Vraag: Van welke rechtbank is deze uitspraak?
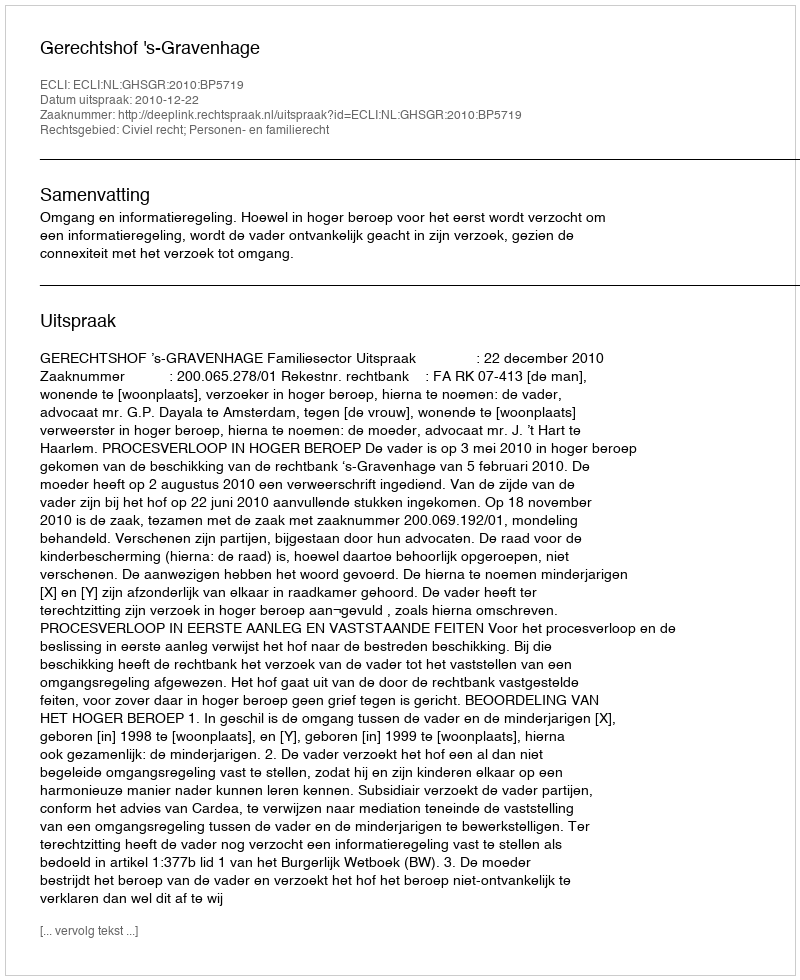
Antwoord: Gerechtshof 's-Gravenhage